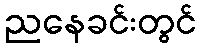
ညနေခင်းတွင်